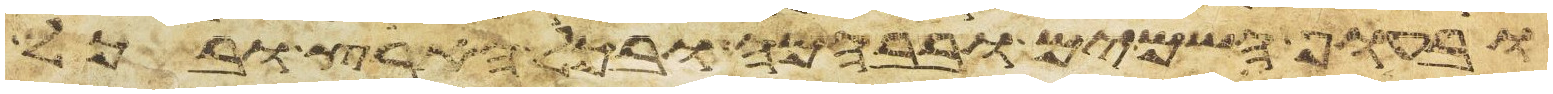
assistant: ובעוף השמים ובבהמה ובכל הארץ ובכל